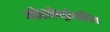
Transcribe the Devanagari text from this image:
औरचोन्ड्रोयटिन